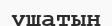
үшатын